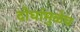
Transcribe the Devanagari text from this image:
दोघांमुळेच